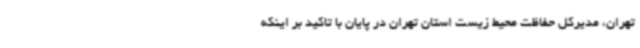
تهران، مدیرکل حفاظت محیط زیست استان تهران در پایان با تاکید بر اینکه